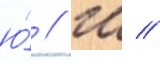
ю́ // Ш //